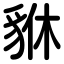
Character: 貅